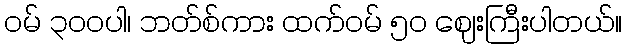
ဝမ် ၃၀၀ပါ၊ ဘတ်စ်ကား ထက်ဝမ် ၅၀ ဈေးကြီးပါတယ်။